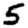
Digit: 5